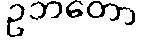
ဥဘတော